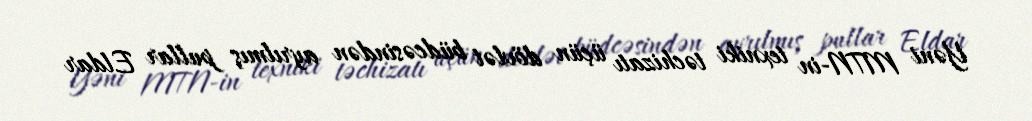
Yəni MTN-in texniki təchizatı üçün dövlət büdcəsindən ayrılmış pullar Eldar